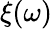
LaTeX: \xi(\omega)